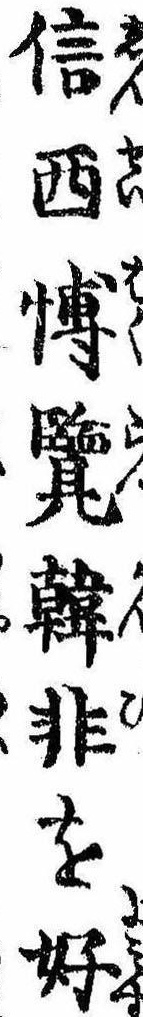
信西愽覧韓非を好